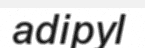
adipyl